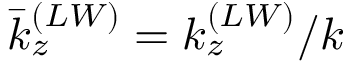
{ \bar { k } } _ { z } ^ { ( L W ) } = k _ { z } ^ { ( L W ) } / k